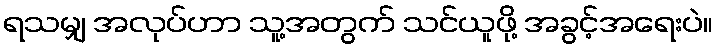
ရသမျှ အလုပ်ဟာ သူ့အတွက် သင်ယူဖို့ အခွင့်အရေးပဲ။